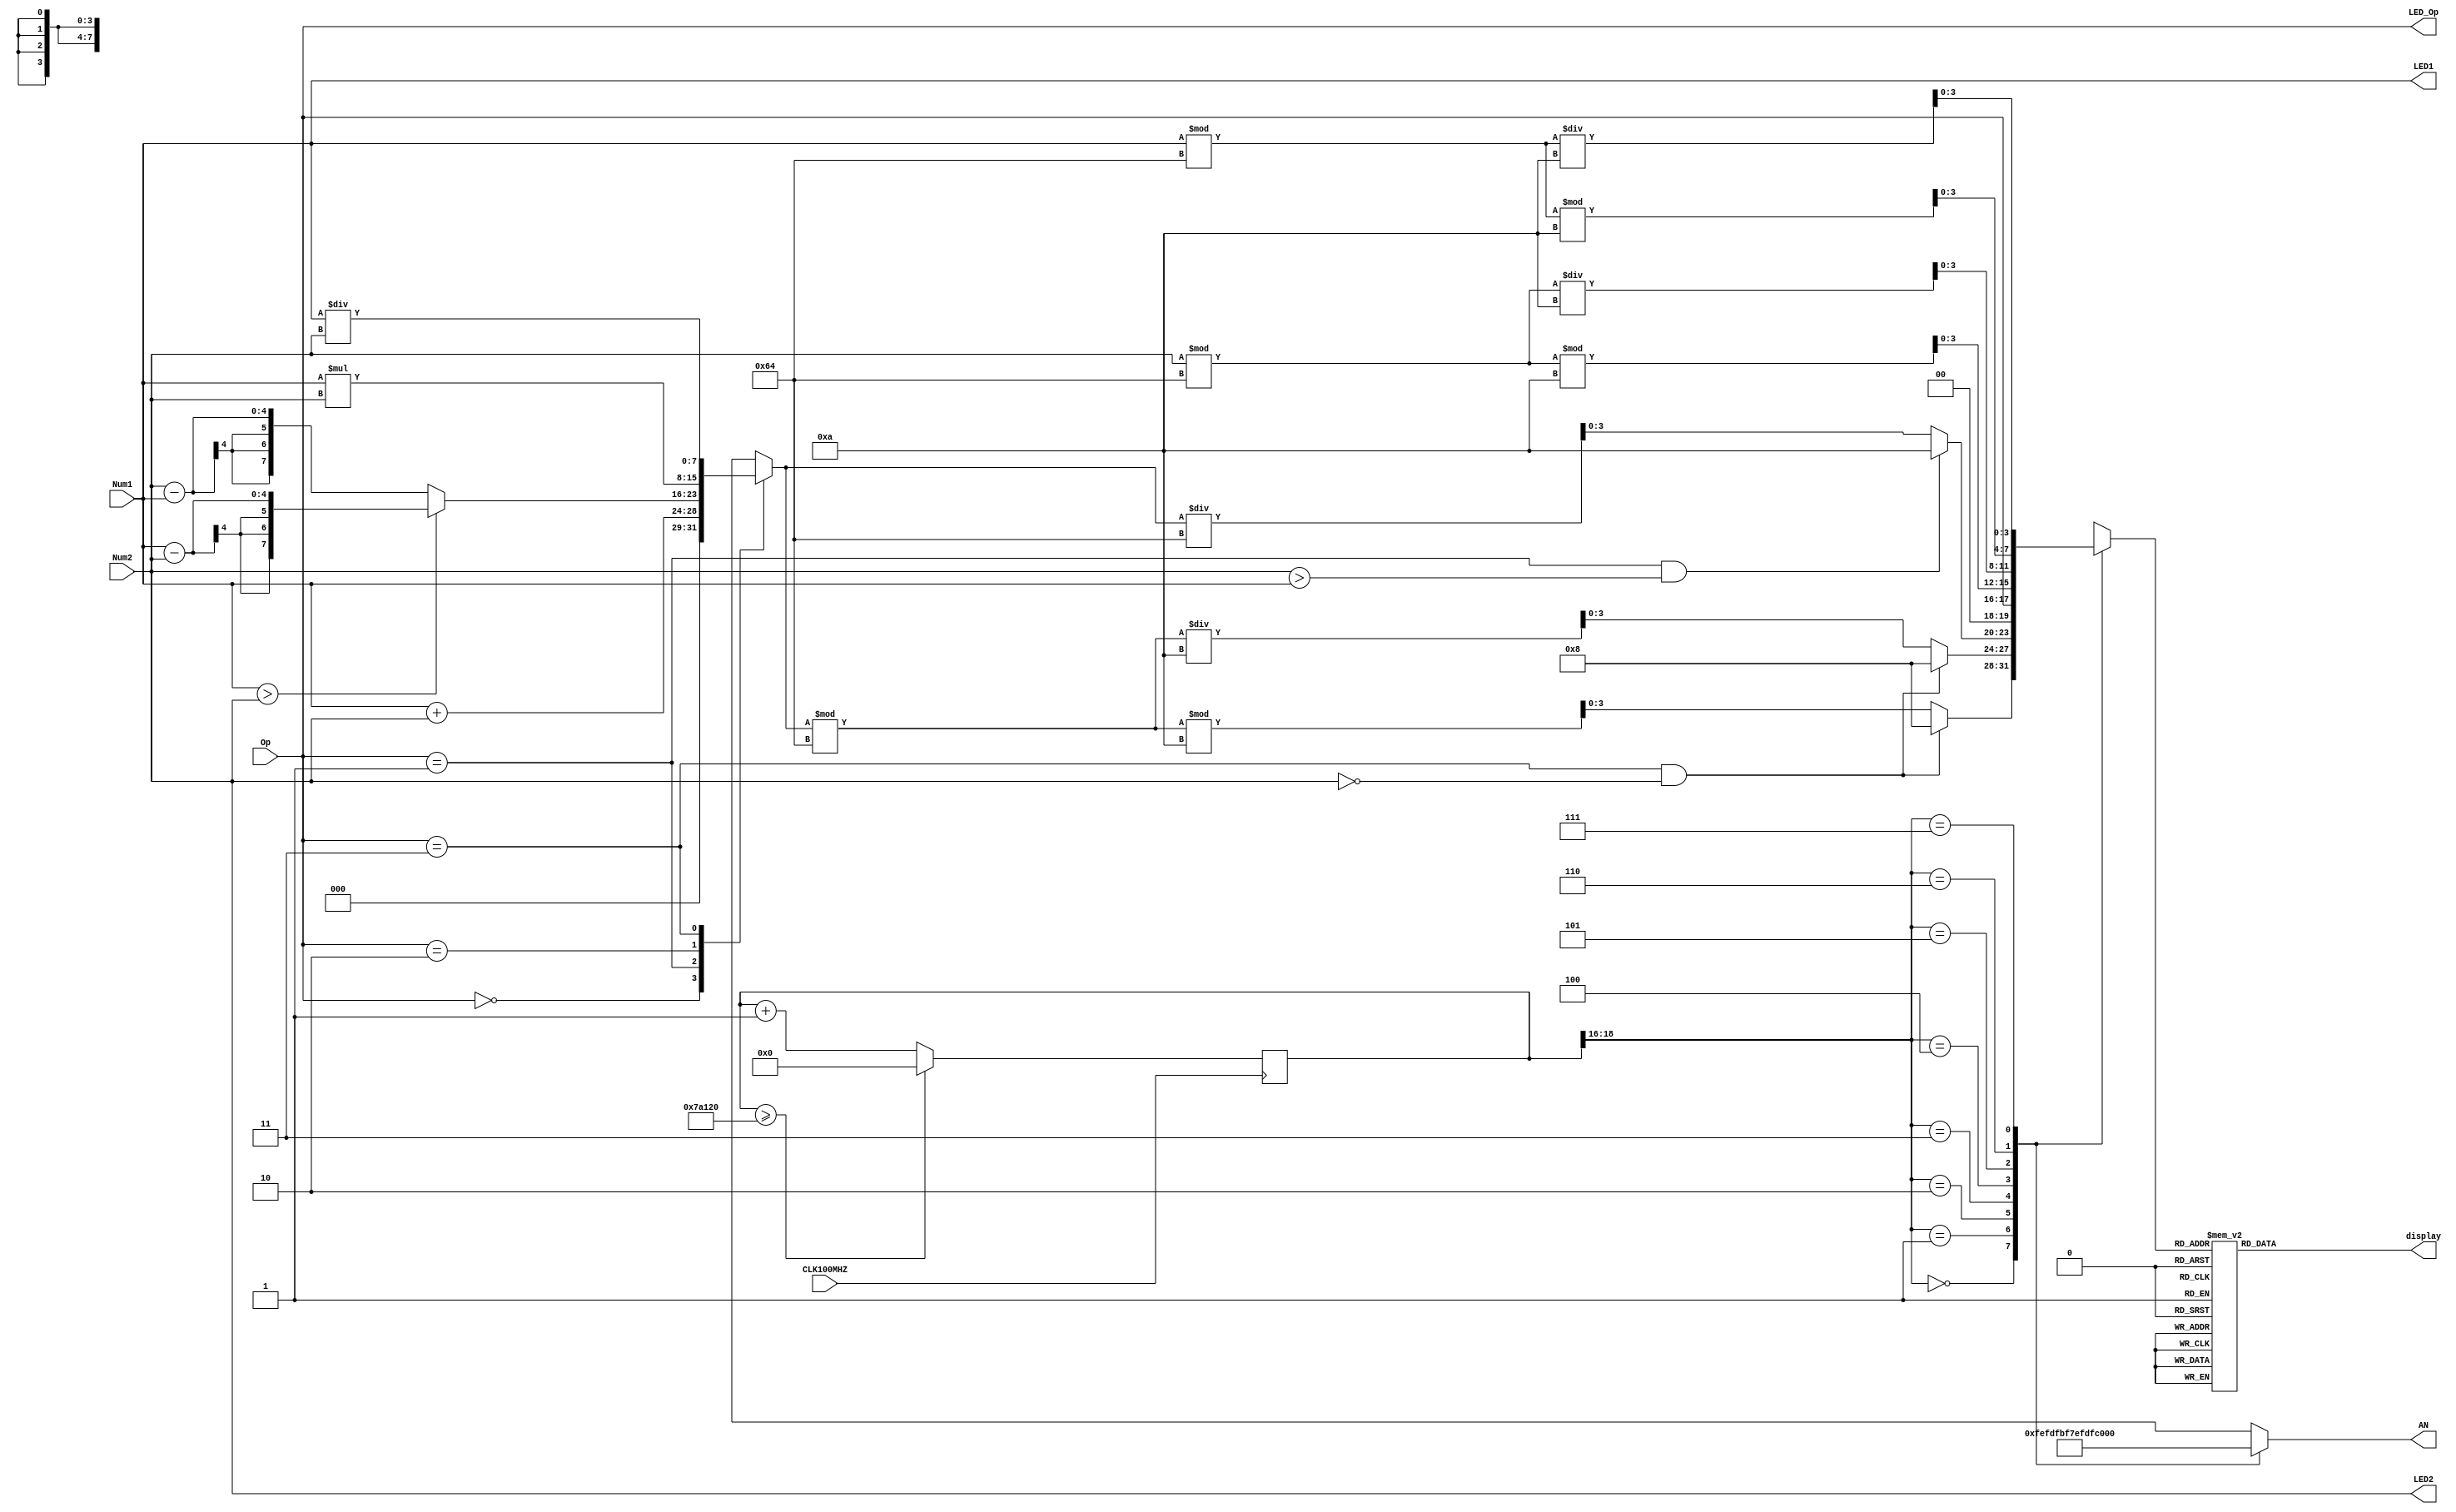

module ALU(
    input CLK100MHZ,
    input [3:0] Num1, Num2,
    input [1:0] Op,
    output [3:0] LED1, LED2,
    output [1:0] LED_Op,
    output reg [7:0] AN,
    output reg [6:0] display
    );
    reg [7:0] result;
    reg [3:0] digito;
    reg [18:0] refresh;
    wire [2:0] active_display;
    
    assign LED1 = Num1;
    assign LED2 = Num2;
    assign LED_Op = Op;
    
    always @(*)
    begin
        case(Op)
        2'b00: // Suma
            result = Num1 + Num2;
        2'b01: // Resta
            result = (Num1 > Num2)?(Num1 - Num2):(Num2 - Num1);
        2'b10: // Multiplicacion
            result = Num1 * Num2;
        2'b11: // Division
            result = Num1 / Num2;    
        default:
            result = Num1 + Num2;
        endcase
    end
    
    always @(posedge CLK100MHZ)
    begin
        if(refresh >= 500000)
            refresh <= 0;
        else
            refresh <= refresh + 1;
    end
    assign active_display = refresh[18:16];
    
    always @(*)
    begin
        case(active_display)
            3'b000: begin
                AN = 8'b11111110;
                begin
                  if (Op==3 & Num2 == 0)
                    digito = 8;
                  else
                    digito = result%100%10;
                end
                
                   end
            3'b001: begin
                AN = 8'b11111101;
                begin
                  if (Op==3 & Num2==0)
                    digito = 8;
                  else
                    digito = result%100/10;
                end
                    
                   end
            3'b010: begin                                
                AN = 8'b11111011;
                begin
                  if (Op==1 & Num2 > Num1)
                    digito = 10;
                  else
                    digito = result/100;
                end
                
                   end
            3'b011: begin
                AN = 8'b11110111;
                digito = Op;
                   end
            3'b100: begin
                AN = 8'b11101111;
                digito = Num2%100%10;
                   end 
            3'b101: begin
                AN = 8'b11011111;
                 digito = Num2%100/10;
                   end                    
            3'b110: begin
                 AN = 8'b10111111;
                 digito = Num1%100%10;
                   end  
            3'b111: begin
                 AN = 8'b01111111;
                 digito = Num1%100/10;
                   end                            
        endcase
    end
    
    always @(*)
    begin
        case(digito)
        4'b0000: display = 7'b0000001; // "0"     
        4'b0001: display = 7'b1001111; // "1" 
        4'b0010: display = 7'b0010010; // "2" 
        4'b0011: display = 7'b0000110; // "3" 
        4'b0100: display = 7'b1001100; // "4" 
        4'b0101: display = 7'b0100100; // "5" 
        4'b0110: display = 7'b0100000; // "6" 
        4'b0111: display = 7'b0001111; // "7" 
        4'b1000: display = 7'b0000000; // "8"     
        4'b1001: display = 7'b0000100; // "9"
        4'b1010: display = 7'b1111110; // "-"
        default: display = 7'b0000001; // "0"
        endcase 
    end
endmodule